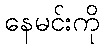
နေမင်းကို